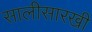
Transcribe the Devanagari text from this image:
सालीसारखी